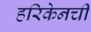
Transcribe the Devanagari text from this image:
हरिकेनची